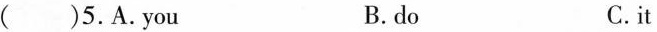
( )5.A.you B.do C.it